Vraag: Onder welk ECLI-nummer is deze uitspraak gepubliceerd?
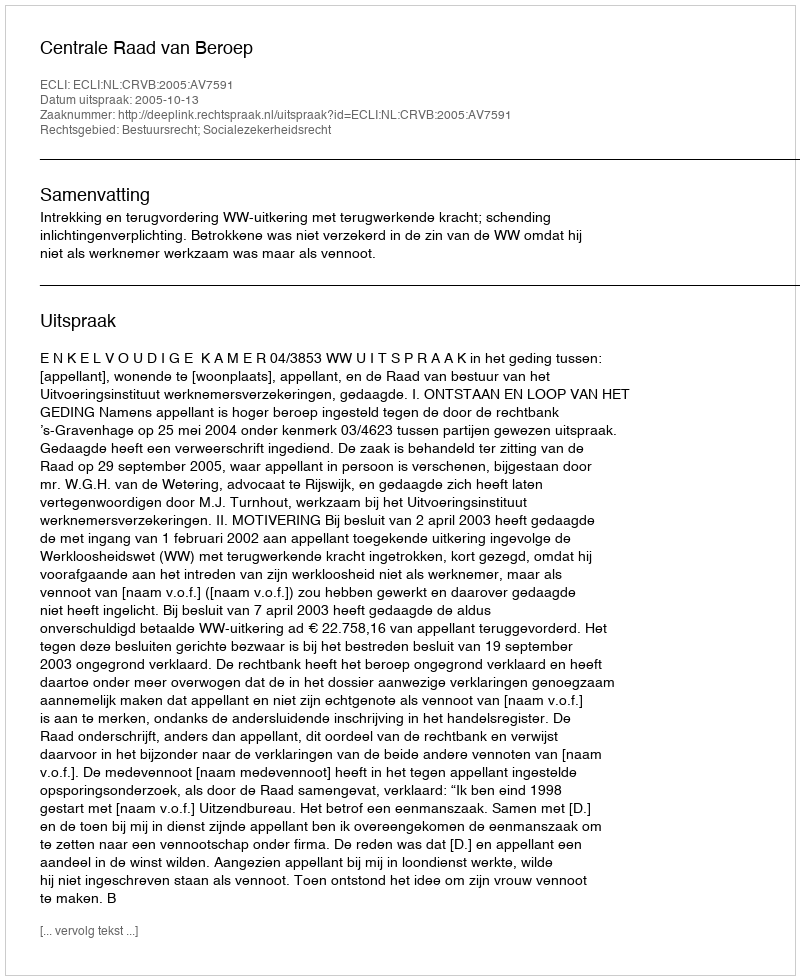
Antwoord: ECLI:NL:CRVB:2005:AV7591